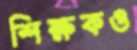
শিক্ষকও